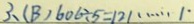
3 . ( B ) 6 0 6 \div 5 = 1 2 1 \cdots 1 ^ { . }